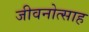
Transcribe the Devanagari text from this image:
जीवनोत्साह